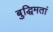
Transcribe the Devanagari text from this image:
बुद्धिमतां